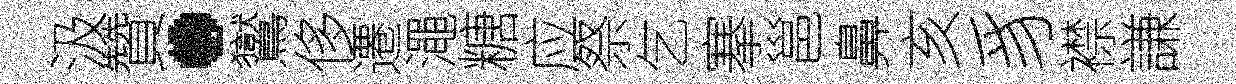
汲贊·鸑侈遷澠糖应祭乞搴邕鼻亥豸襟謙